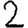
Digit: 2